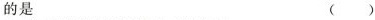
的是 ()